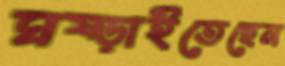
ঘষ্‌ড়াইতেছেন